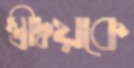
স্ত্রীদ্বয়কে